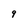
Character: 9